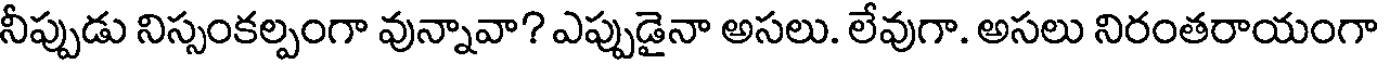
నీప్పుడు నిస్సంకల్పంగా వున్నావా? ఎప్పుడైనా అసలు. లేవుగా. అసలు నిరంతరాయంగా